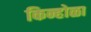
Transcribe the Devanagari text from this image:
किन्होळा